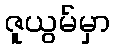
ဇူယွမ်မှာ